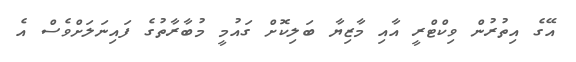
އޭގެ އިތުރުން ވިކްޓްރީ އާއި މާޒިޔާ ބަލިކޮށް ގައުމީ މުބާރާތުގެ ފައިނަލަށްވެސް އެ